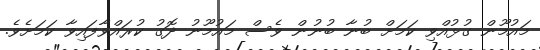
މައުމޫން ގުޅުއްވި ކަމަށް ބުނާ ބުނުން ވެސް މައުމޫނު ދޮގު ކުރައްވާފައިވާ ކަމަށެވެ.